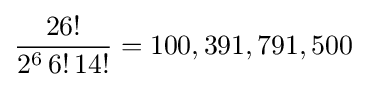
{\frac {26!}{2^{6}\,6!\,14!}}=100,391,791,500